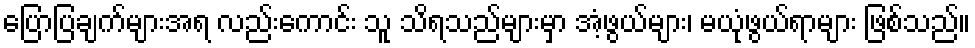
ပြောပြချက်များအရ လည်းကောင်း သူ သိရသည်များမှာ အံ့ဖွယ်များ၊ မယုံဖွယ်ရာများ ဖြစ်သည်။